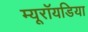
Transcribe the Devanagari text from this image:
म्यूरॉयडिया